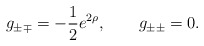
\begin{align*}g_{\pm\mp} = - \frac12 e^{2\rho},\qquad g_{\pm\pm} = 0.\end{align*}